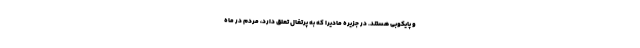
و پایکوبی هستند. در جزیره مادیرا که به پرتغال تعلق دارد، مردم در ماه